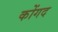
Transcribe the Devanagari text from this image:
कोंगद